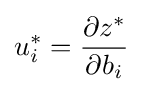
u_{i}^{*}={\frac {\partial z^{*}}{\partial b_{i}}}